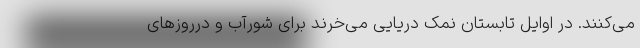
می‌کنند. در اوایل تابستان نمک دریایی می‌خرند برای شورآب و درروزهای